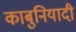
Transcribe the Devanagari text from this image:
काबुनियादी